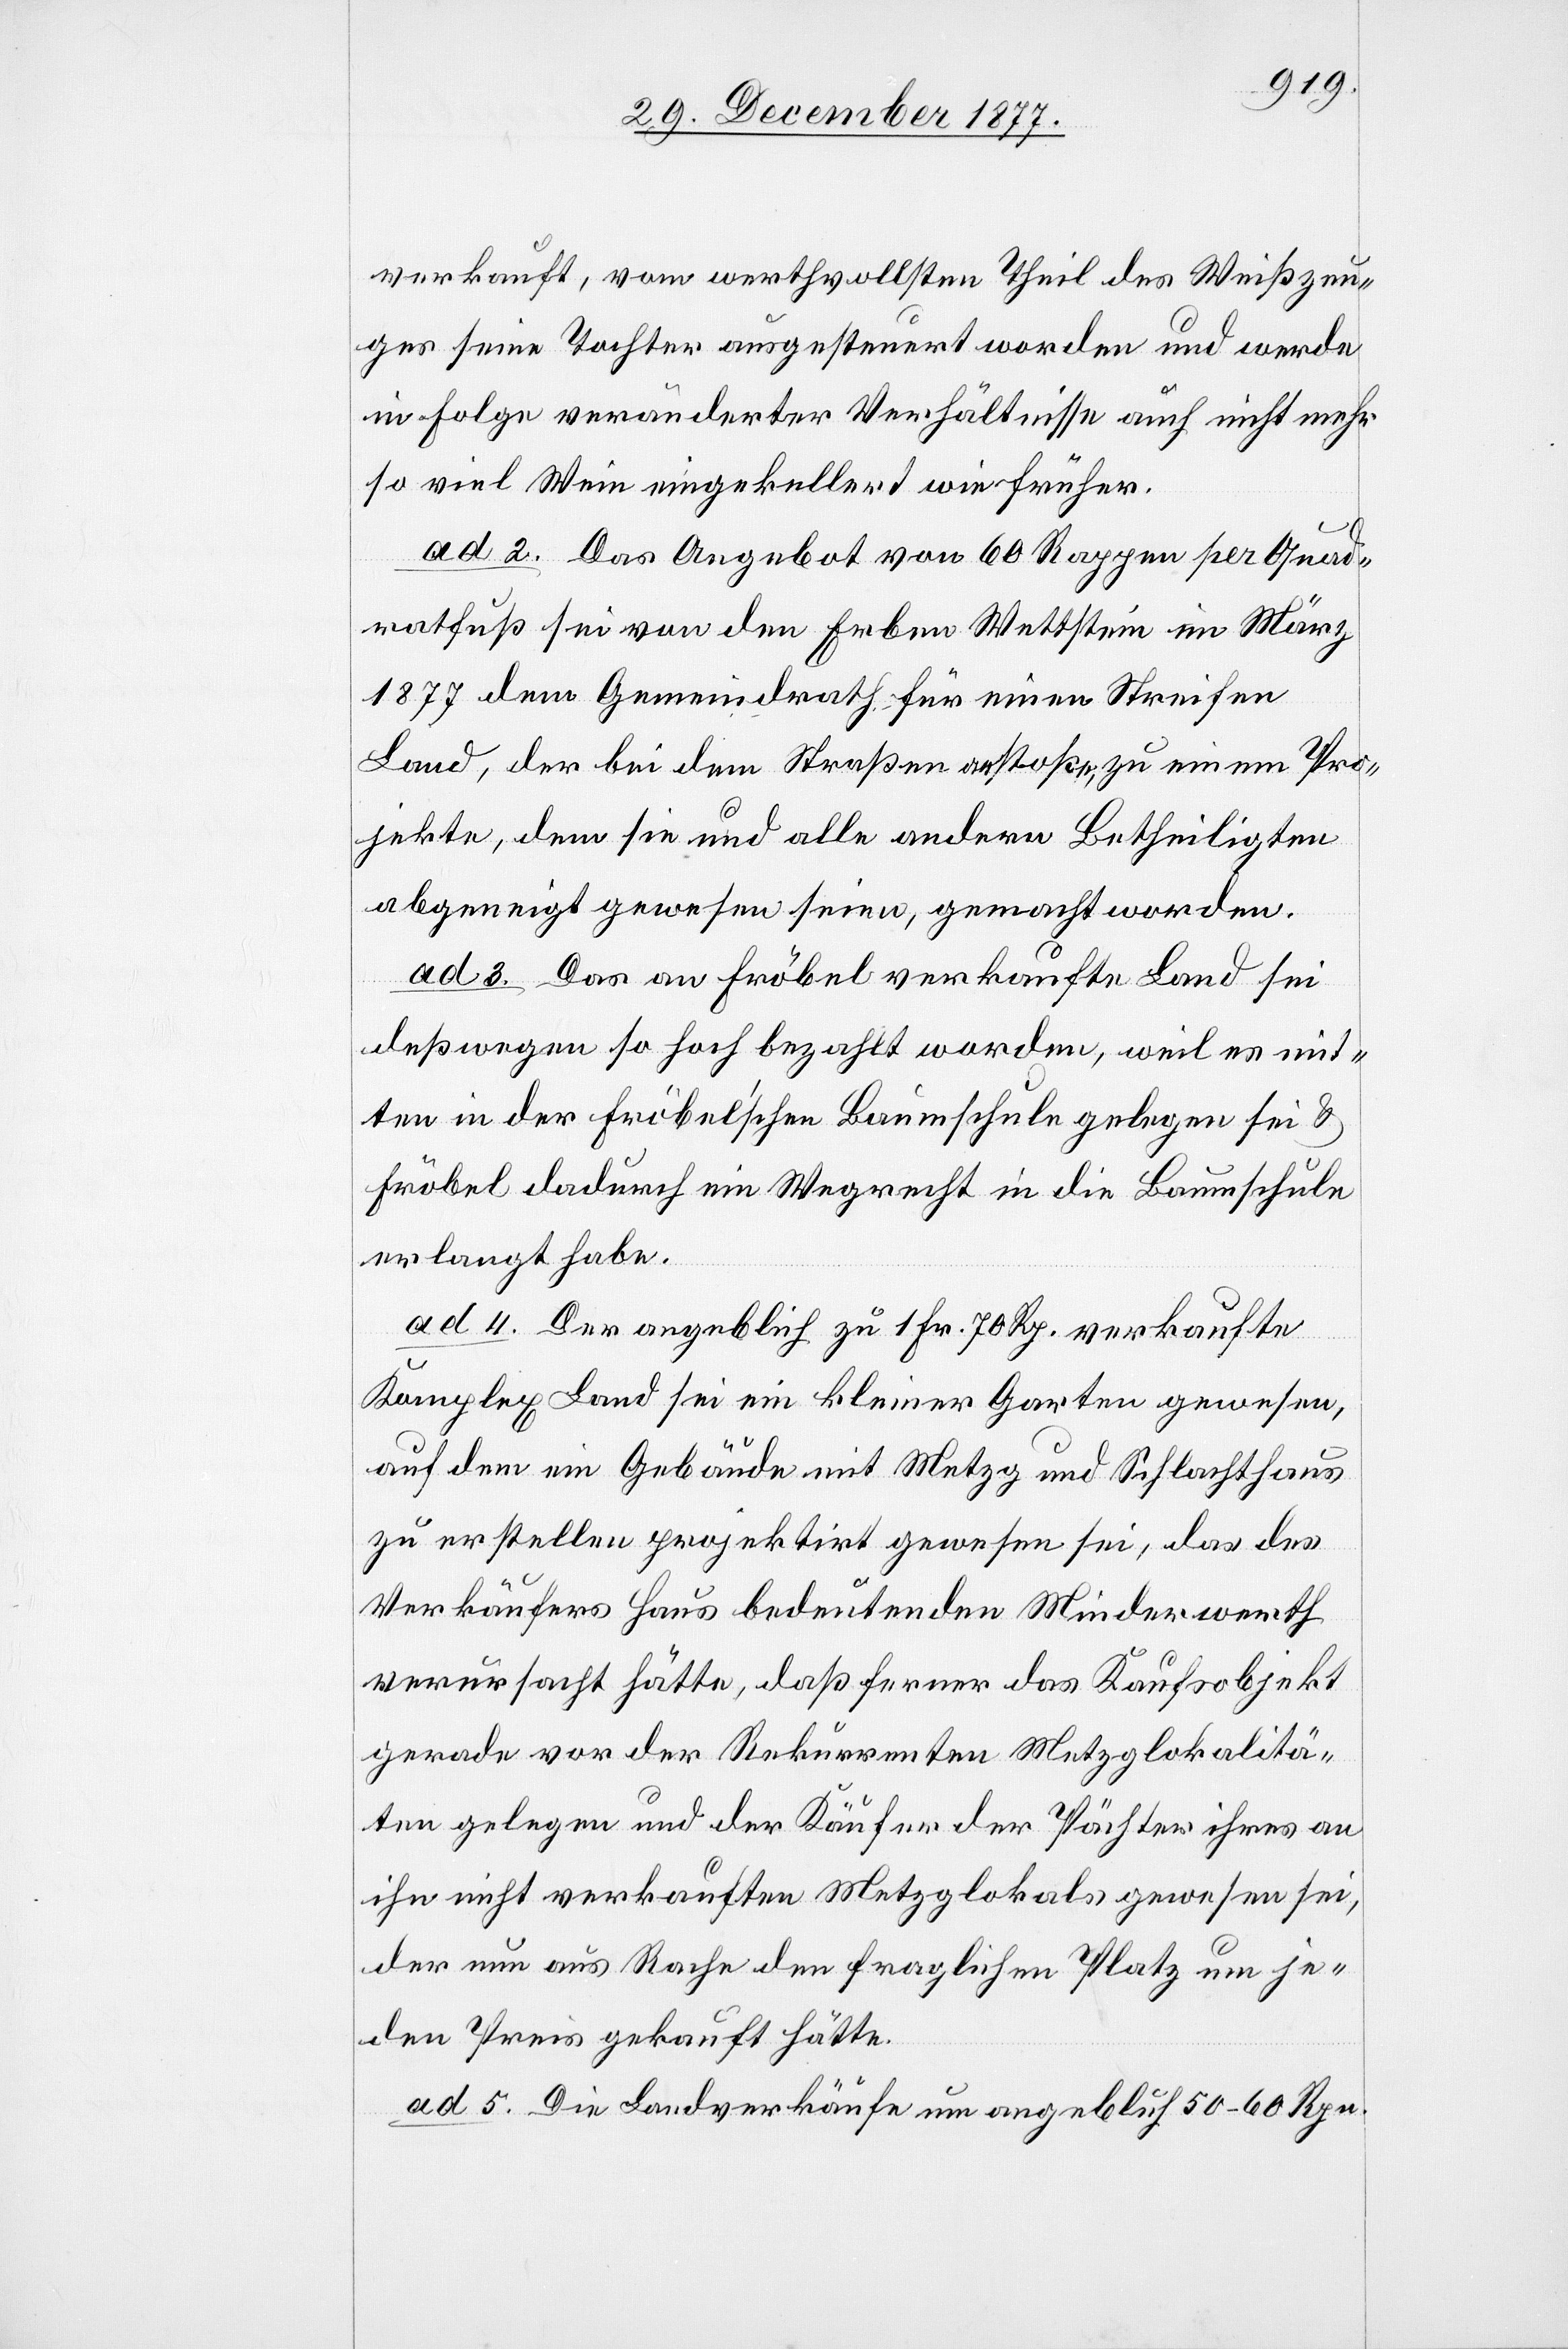
verkauft, vom werthvollsten Theil des Weißzeu¬
ges seine Tochter ausgesteuert worden und werde
in Folge veränderter Verhältnisse auch nicht mehr
so viel Wein eingekellert wie früher.
ad 2. Das Angebot von 60 Rappen per Quad¬
ratfuß sei von den Erben Wettstein im März
1877 dem Gemeindrath für einen Streifen
Land, der bei dem Straßenanstoße, zu einem Pro¬
jekte, dem sie und alle andern Betheiligten
abgeneigt gewesen seien, gemacht worden.
ad 3. Das an Fröbel verkaufte Land sei
deßwegen so hoch bezahlt worden, weil es mit¬
ten in der Fröbel’schen Baumschule gelegen sei &
Fröbel dadurch ein Wegrecht in die Baumschule
erlangt habe.
ad 4. Der angeblich zu 1 Fr. 70 Rp. verkaufte
Komplex Land sei ein kleiner Garten gewesen,
auf dem ein Gebäude mit Metzg und Schlachthaus
zu erstellen projektirt gewesen sei, das des
Verkäufers Haus bedeutenden Minderwerth
verursacht hätte, daß ferner das Kaufsobjekt
gerade vor der Rekurrenten Metzglokalitä¬
ten gelegen und der Käufer der Pächter ihres an
ihn nicht verkauften Metzglokals gewesen sei,
der nun aus Rache den fraglichen Platz um je¬
den Preis gekauft hätte.
ad 5. Die Landverkäufe um angeblich 50–60 Rpn.